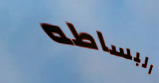
البساطه